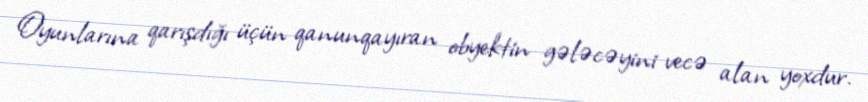
Oyunlarına qarışdığı üçün qanunqayıran obyektin gələcəyini vecə alan yoxdur.